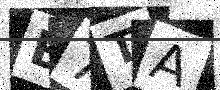
Text: B7TA